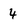
Character: 4